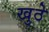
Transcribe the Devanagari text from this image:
खुठे